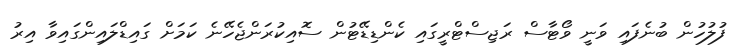
ފުލުހުން ބުނެފައި ވަނީ ވޯޓާސް ރަޖިސްޓްރީގައި ކެންޑިޑޭޓުން ސޮއިކުރަންޖެހޭނެ ކަމަށް ގައިޑްލައިންގައިވާ އިރު